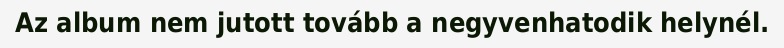
Az album nem jutott tovább a negyvenhatodik helynél.